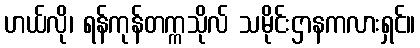
ဟယ်လို၊ ရန်ကုန်တက္ကသိုလ် သမိုင်းဌာနကလားရှင်။